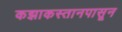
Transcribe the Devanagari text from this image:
कझाकस्तानपासून